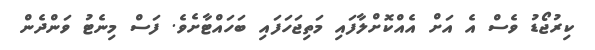
ކިރުޖޯޑު ވެސް އެ އަށް އެއްކޮށްލާފައި މަތިޖަހަފައި ބަހައްޓާށެވެ. ފަސް މިނެޓު ވަންދެން